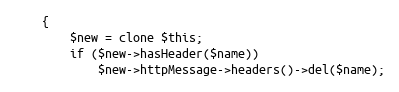
Language: PHP
    {
        $new = clone $this;
        if ($new->hasHeader($name))
            $new->httpMessage->headers()->del($name);